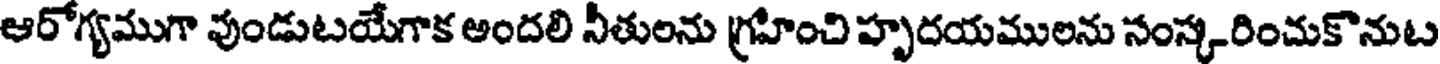
ఆరోగ్యముగా వుండుటయేగాక అందలి నీతులను గ్రహించి హృదయములను సంస్కరించుకొనుట